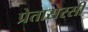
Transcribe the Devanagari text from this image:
प्रेतासरसी